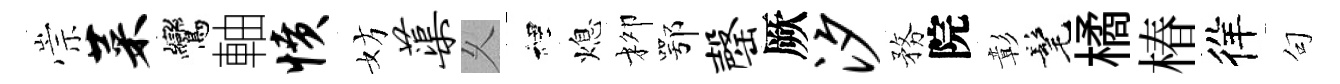
崇菜鸞軸愤妨蕖乆裡熄柳鄂罄厥汐務院彰髦橘椿徉句